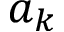
a _ { k }